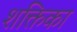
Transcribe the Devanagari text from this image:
शक्तिका